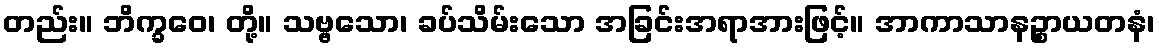
တည်း။ ဘိက္ခဝေ၊ တို့။ သဗ္ဗသော၊ ခပ်သိမ်းသော အခြင်းအရာအားဖြင့်။ အာကာသာနဉ္စာယတနံ၊